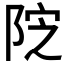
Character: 𱀔